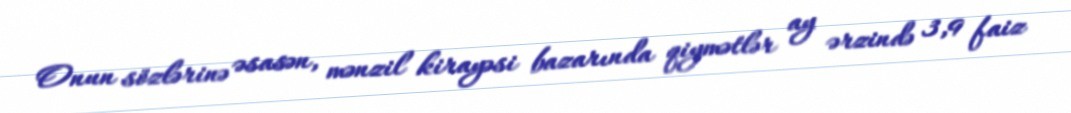
Onun sözlərinə əsasən, mənzil kirayəsi bazarında qiymətlər ay ərzində 3,9 faiz